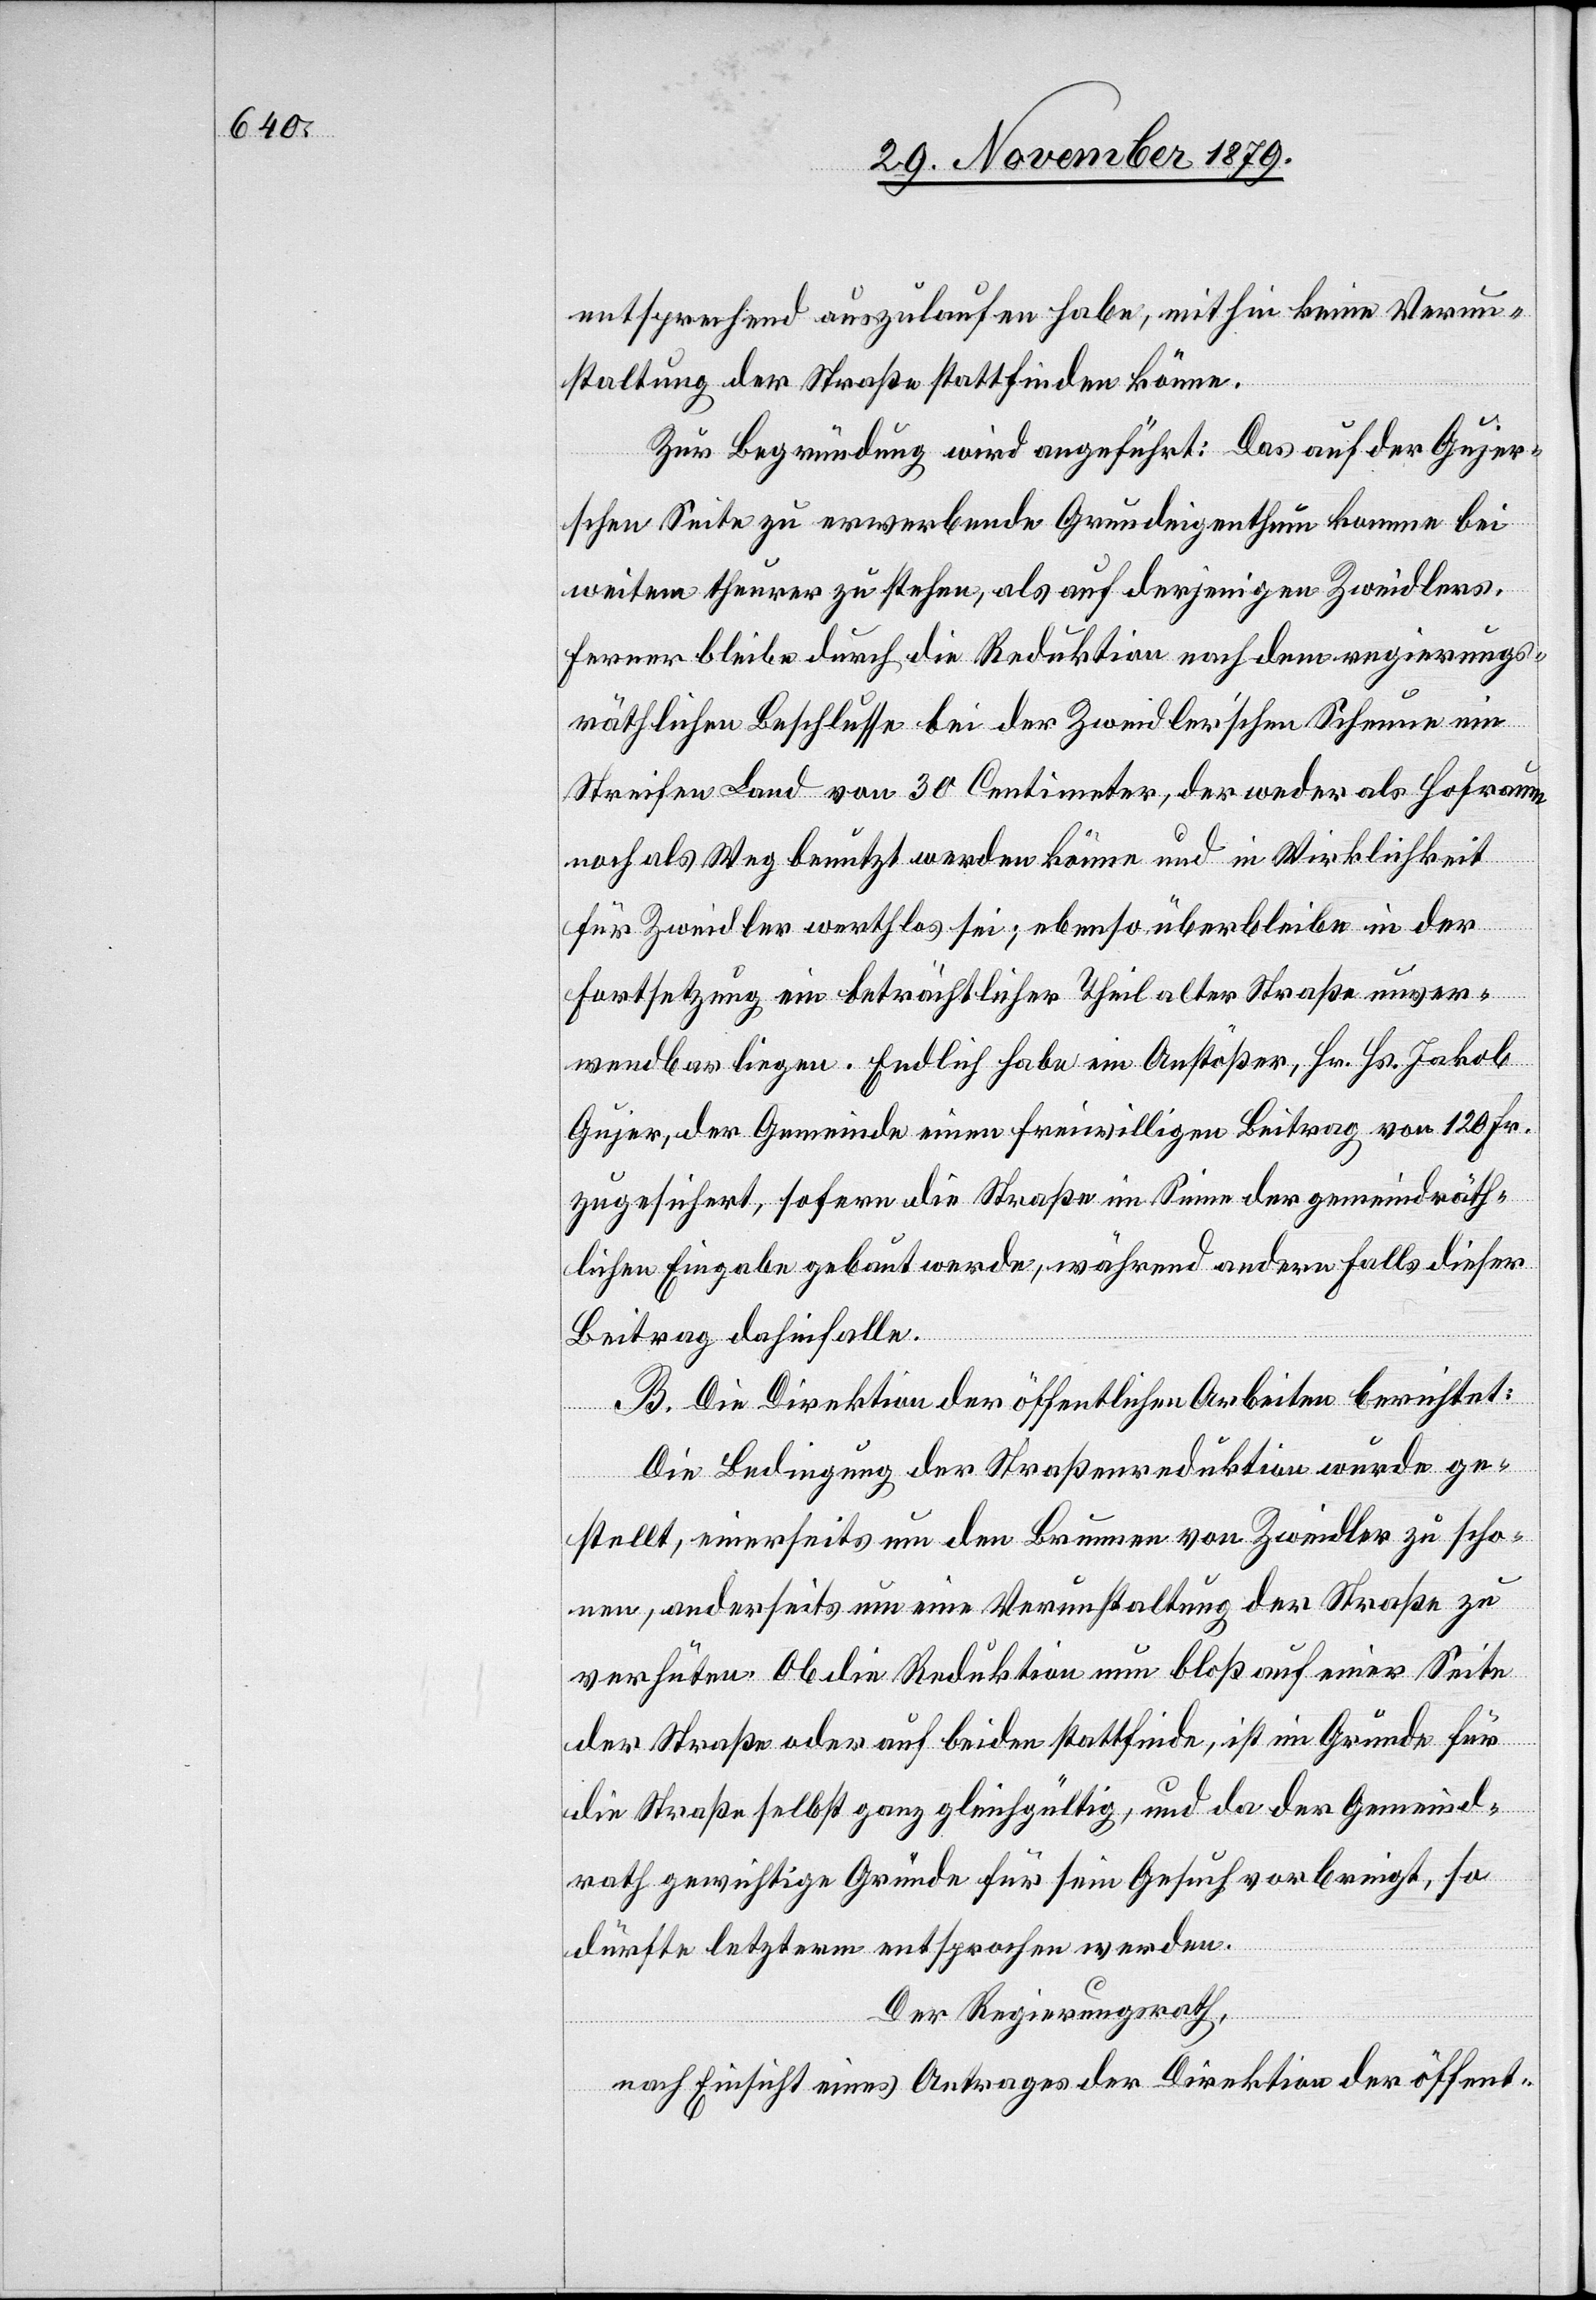
entsprechend auszulaufen habe, mithin keine Verun¬
staltung der Straße stattfinden könne.
Zur Begründung wird angeführt: Das auf der Gujer’s¬
chen Seite zu erwerbende Grundeigenthum komme bei
weitem theurer zu stehen, als auf derjenigen Zweidlers.
Ferner bleibe durch die Reduktion nach dem regierungs¬
räthlichen Beschlusse bei der Zweidler’schen Scheune ein
Streifen Land von 30 Centimeter, der weder als Hofraum,
noch als Weg benutzt werden könne und in Wirklichkeit
für Zweidler werthlos sei; ebenso überbleiben in der
Fortsetzung ein beträchtlicher Theil alter Straße unver¬
wendbar liegen. Endlich habe ein Anstößer, Hrn. Hr. Jakob
Gujer, der Gemeinde einen freiwilligen Beitrag von 120 Fr.
zugesichert, sofern die Straße im Sinne der gemeindräth¬
lichen Eingabe gebaut werde, während andernfalls dieser
Beitrag dahinfalle.
B. Die Direktion der öffentlichen Arbeiten berichtet:
Die Bedingung der Straßenreduktion wurde ge¬
stellt, einerseits um den Brunnen von Zweidler zu scho¬
nen, anderseits um eine Verunstaltung der Straße zu
verhüten. Ob die Reduktion nun bloß auf einer Seite
der Straße oder auf beiden stattfinde, ist im Grunde für
die Straße selbst ganz gleichgültig, und da der Gemeind¬
rath gewichtige Gründe für sein Gesuch vorbringt, so
dürfte letzterm entsprochen werden.
Der Regierungsrath,
nach Einsicht eines Antrages der Direktion der öffent-